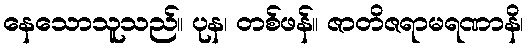
နေသောသူသည်။ ပုန၊ တစ်ဖန်။ ဇာတိဇရာမရဏာနိ၊